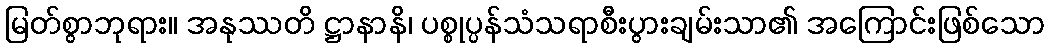
မြတ်စွာဘုရား။ အနုဿတိ ဋ္ဌာနာနိ၊ ပစ္စုပ္ပန်သံသရာစီးပွားချမ်းသာ၏ အကြောင်းဖြစ်သော